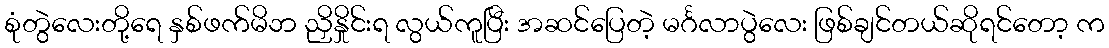
စုံတွဲလေးတို့ရေ နှစ်ဖက်မိဘ ညှိနှိုင်းရ လွယ်ကူပြီး အဆင်ပြေတဲ့ မင်္ဂလာပွဲလေး ဖြစ်ချင်တယ်ဆိုရင်တော့ က